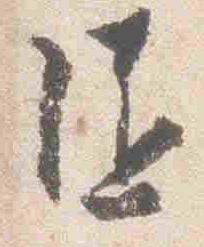
随